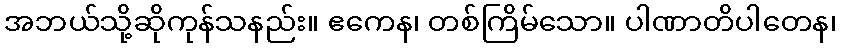
အဘယ်သို့ဆိုကုန်သနည်း။ ဧကေန၊ တစ်ကြိမ်သော။ ပါဏာတိပါတေန၊